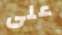
على